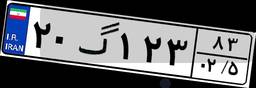
۲۰گ۱۲۳۸۳